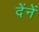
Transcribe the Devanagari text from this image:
देंनें